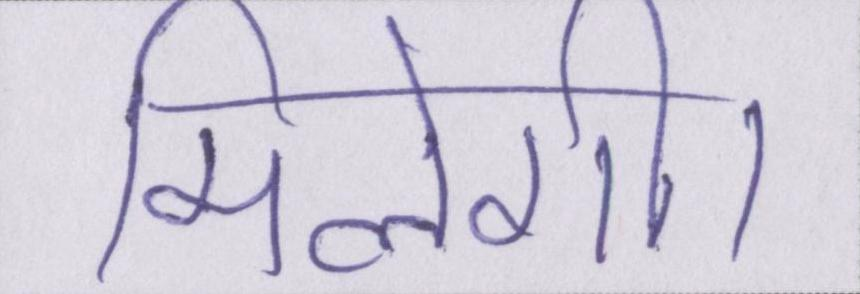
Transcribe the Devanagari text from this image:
मिलेगी।